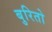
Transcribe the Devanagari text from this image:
बुरितो